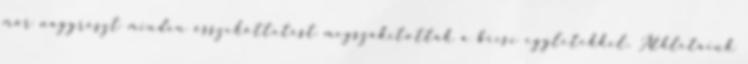
már nagyrészt minden összeköttetést megszakítottak a bécsi egyletekkel. Athletáink